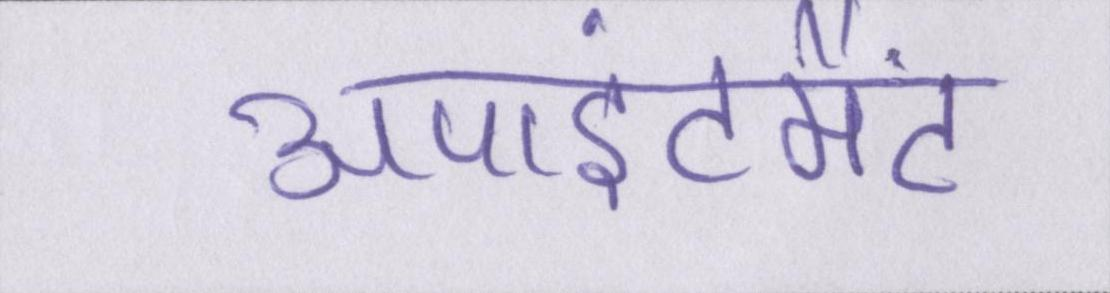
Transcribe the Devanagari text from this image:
अपाइंटमैंट